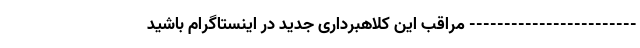
------------------------ مراقب این کلاهبرداری جدید در اینستاگرام باشید